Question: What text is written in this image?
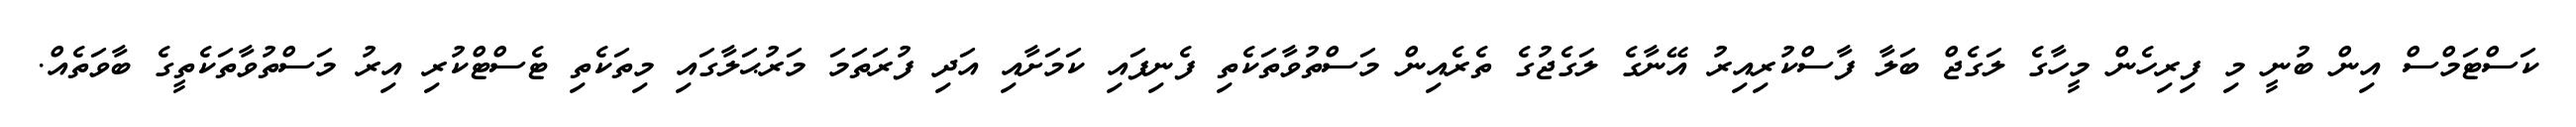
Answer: ކަސްޓަމްސް އިން ބުނީ މި ފިރިހެން މީހާގެ ލަގެޖް ބަލާ ފާސްކުރިއިރު އޭނާގެ ލަގެޖުގެ ތެރެއިން މަސްތުވާތަކެތި ފެނިފައި ކަމަށާއި އަދި ފުރަތަމަ މަރުޙަލާގައި މިތަކެތި ޓެސްޓްކުރި އިރު މަސްތުވާތަކެތީގެ ބާވަތެއް.